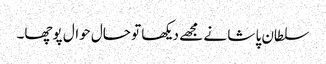
سلطان پا شا نے مجھے دیکھا تو حال حوال پوچھا۔